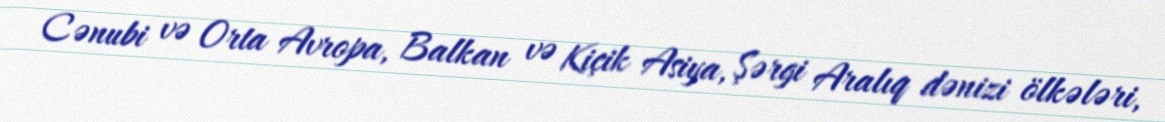
Cənubi və Orta Avropa, Balkan və Kiçik Asiya, Şərgi Aralıq dənizi ölkələri,